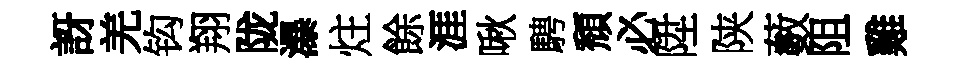
訝羌钩翔陇瀑炷餘涯啾騁頹必陞陕藪阻雞